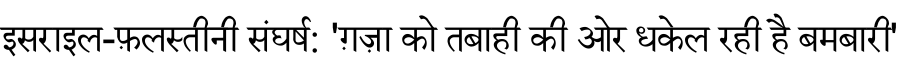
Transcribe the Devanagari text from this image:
इसराइल-फ़लस्तीनी संघर्ष: 'ग़ज़ा को तबाही की ओर धकेल रही है बमबारी'